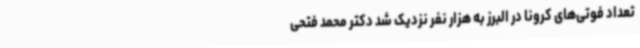
تعداد فوتی‌های کرونا در البرز به هزار نفر نزدیک شد دکتر محمد فتحی